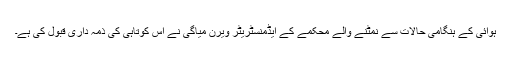
ہوائی کے ہنگامی حالات سے نمٹنے والے محکمے کے ایڈمنسٹریٹر ویرن میاگی نے اس کوتاہی کی ذمہ داری قبول کی ہے۔